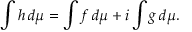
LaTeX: \int h \, d \mu = \int f \, d \mu + i \int g \, d \mu .